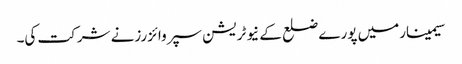
سیمینارمیں پورے ضلع کے نیوٹریشن سپروائزرزنے شرکت کی۔